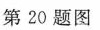
第20题图